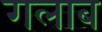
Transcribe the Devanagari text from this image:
गलाब